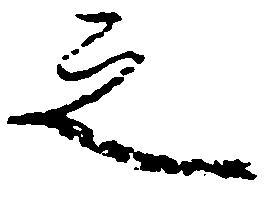
之